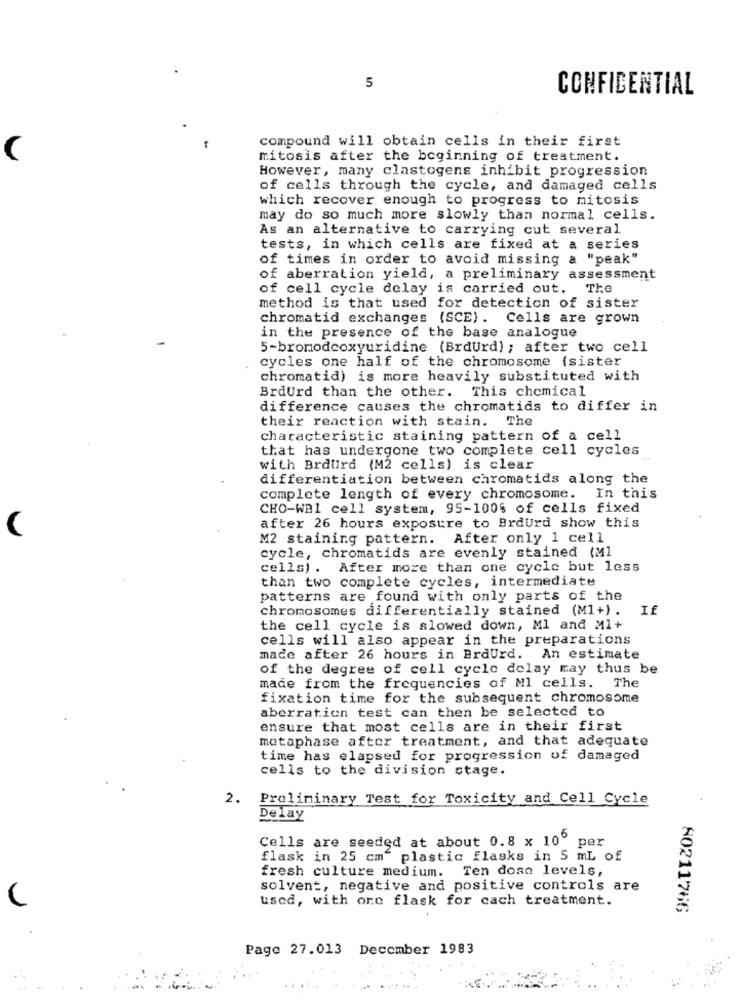
5
CONFIDENTIAL
compound will obtain cells in their first
-
(
mitosis after the beginning of treatment.
However, many clastogens inhibit progression
of cells through the cycle, and damaged cells
which recover enough to progress to mitosis
may do so much more slowly than normal cells.
As an alternative to carrying cut several
tests, in which cells are fixed at a series
of times in order to avoid missing a "peak"
of aberration yield, a preliminary assessment
of cell cycle delay is carried out. The
method is that used for detection of sister
chromatid exchanges (SCE). Cells are grown
in the presence of the base analogue
5-bromodcoxyuridine (BrdUrd) ; after two cell
cycles one half of the chromosome (sister
chromatid) is more heavily substituted with
BrdUrd than the other. This chemical
difference causes the chromatids to differ in
their reaction with stain. The
characteristic staining pattern of a cell
that has undergone two complete cell cycles
with Brdurd (M2 cells) is clear
differentiation between chromatids along the
complete length of every chromosome. In this
CHO-WB1 cell system, 95-100% of cells fixed
after 26 hours exposure to BrdUrd show this
M2 staining pattern. After only 1 cell
cycle, chromatids are evenly stained (Ml
cells) . After more than one cycle but less
than two complete cycles, intermediate
patterns are found with only parts of the
chromosomes differentially stained (M1+).
If
the cell cycle is slowed down, Ml and Ml+
cells will also appear in the preparations
made after 26 hours in BrdUrd. An estimate
of the degree of cell cycle delay may thus be
made from the frequencies of Ml cells. The
fixation time for the subsequent chromosome
aberration test can then be selected to
ensure that most cells are in their first
metaphase after treatment, and that adequate
time has elapsed for progression of damaged
cells to the division stage.
2.
Preliminary Test for Toxicity and Cell Cycle
Delay
Cells are seeded at about 0.8 x 10" per
flask in 25 cm" plastic flasks in 5 mL of
fresh culture medium. Ten doso levels,
solvent, negative and positive controls are
used, with one flask for cach treatment.
80211766
Page 27.013 December 1983